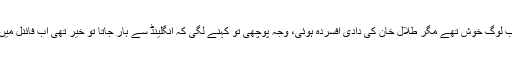
پاکستان نے برطانیہ سے سیمی فائنل جیتا تو باقی سب لوگ خوش تھے مگر طلال خان کی دادی افسردہ ہوئی، وجہ پوچھی تو کہنے لگی کہ انگلینڈ سے ہار جاتا تو خیر تھی اب فائنل میں پہنچ کر بھارت سے ہارے گا تو زیادہ کوفت ہوگی۔